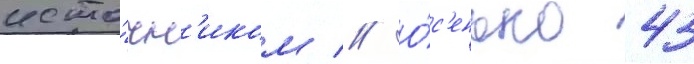
исто́чн'иком // О́с'енью 43